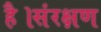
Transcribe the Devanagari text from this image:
है।संरक्षण